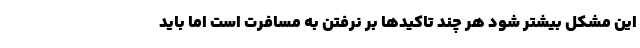
این مشکل بیشتر شود هر چند تاکیدها بر نرفتن به مسافرت است اما باید